Annual administration and progress report of the Indian Medical Department, Bombay
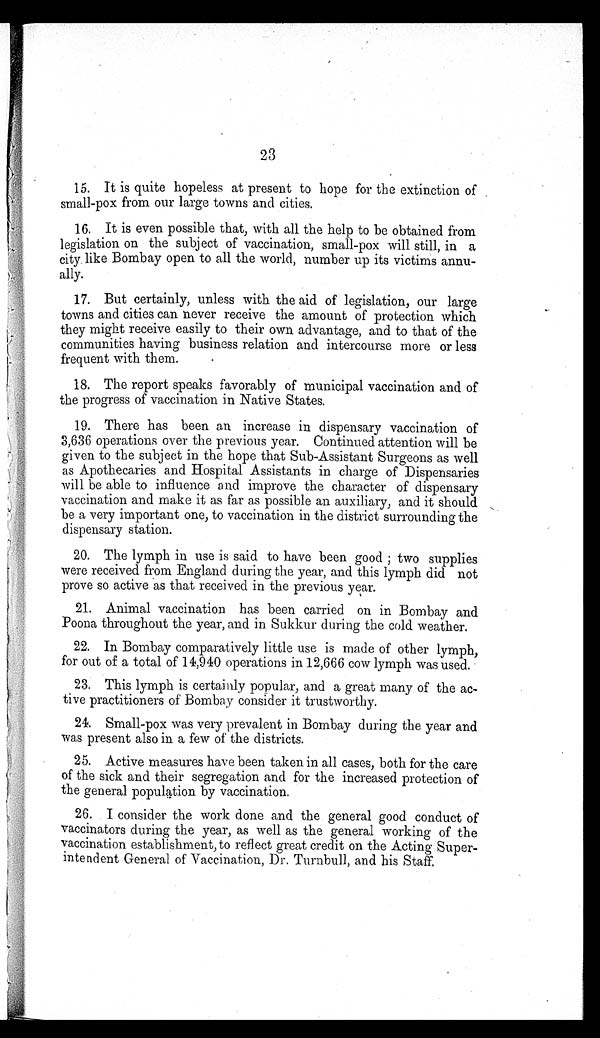
23
small-pox from our large towns and cities.
legislation on the subject of vaccination, small-pox will still, in a
city like Bombay open to all the world, number up its victims annu
ally.
towns and cities can never receive the amount of protection which
they might receive easily to their own advantage, and to that of the
communities having business relation and intercourse more or less
frequent with them.
the progress of vaccination in Native States.
3,636 operations over the previous year. Continued attention will be
given to the subject in the hope that Sub-Assistant Surgeons as well
as Apothecaries and Hospital Assistants in charge of Dispensaries
will be able to influence and improve the character of dispensary
vaccination and make it as far as possible an auxiliary, and it should
be a very important one, to vaccination in the district surrounding the
dispensary station.
were received from England during the year, and this lymph did not
prove so active as that received in the previous year.
Poona throughout the year, and in Sukkur during the cold weather.
for out of a total of 14,940 operations in 12,666 cow lymph was used.
tive practitioners of Bombay consider it trustworthy.
was present also in a few of the districts.
of the sick and their segregation and for the increased protection of
the general population by vaccination.
2 6 . I c o n s i d e r t h e w o r k d o n e a n d t h e g e n e r a l g o o d c o n d u c t o f
vaccinators during the year, as well as the general working of the
vaccination establishment, to reflect great credit on the Acting Super-
intendent General of Vaccination, Dr. Turnbull, and his Staff.